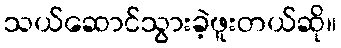
သယ်ဆောင်သွားခဲ့ဖူးတယ်ဆို။